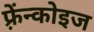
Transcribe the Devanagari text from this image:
फ़्रेंन्कोइज